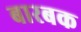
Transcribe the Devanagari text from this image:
बारबक